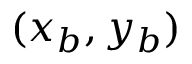
( x _ { b } , y _ { b } )